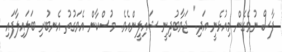
ފާސް ނުވެގެން މިއުޅެނީ އަދި." ޖަވާބުދިނީ ޝައިލީންއެވެ. މުސްކާން އެވަގުތު އެނބުރި ބަލައިލާފައި